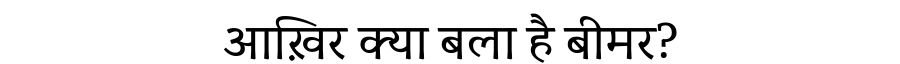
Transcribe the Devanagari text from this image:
आख़िर क्या बला है बीमर?